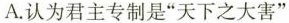
A.认为君主专制是”天下之大害”